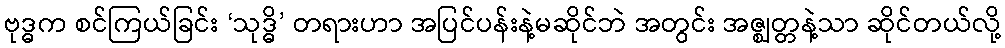
ဗုဒ္ဓက စင်ကြယ်ခြင်း ‘သုဒ္ဓိ’ တရားဟာ အပြင်ပန်းနဲ့မဆိုင်ဘဲ အတွင်း အဇ္ဈတ္တနဲ့သာ ဆိုင်တယ်လို့